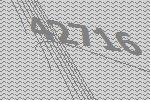
42716